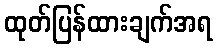
ထုတ်ပြန်ထားချက်အရ